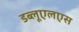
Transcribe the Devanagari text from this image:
डब्लूएलएस